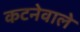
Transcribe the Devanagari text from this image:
कटनेवाले